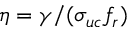
\eta = \gamma / ( \sigma _ { u c } f _ { r } )